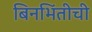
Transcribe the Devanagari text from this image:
बिनभिंतीची